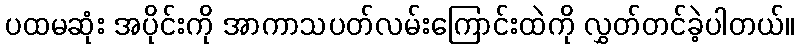
ပထမဆုံး အပိုင်းကို အာကာသပတ်လမ်းကြောင်းထဲကို လွှတ်တင်ခဲ့ပါတယ်။